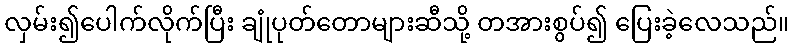
လှမ်း၍ပေါက်လိုက်ပြီး ချုံပုတ်တောများဆီသို့ တအားစွပ်၍ ပြေးခဲ့လေသည်။